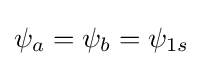
\psi _{a}=\psi _{b}=\psi _{1s}